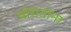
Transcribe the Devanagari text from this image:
थोरातांना